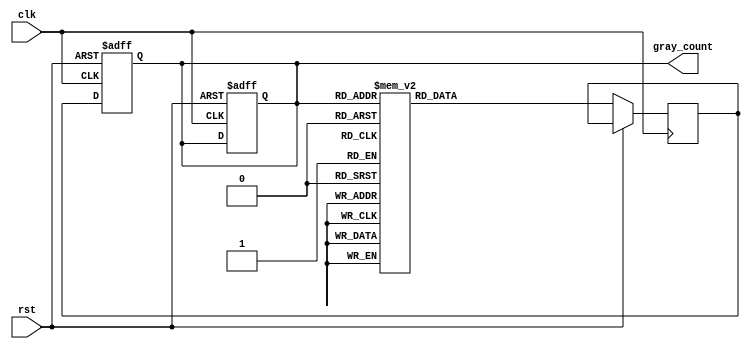
module gray_counter_clock_divider (
    input wire clk,
    input wire rst,
    output reg [3:0] gray_count
);

reg [3:0] gray_count_next;

always @(posedge clk or posedge rst) begin
    if (rst) begin
        gray_count <= 4'b0000;
    end else begin
        case(gray_count)
            4'b0000: gray_count_next <= 4'b0001;
            4'b0001: gray_count_next <= 4'b0011;
            4'b0011: gray_count_next <= 4'b0010;
            4'b0010: gray_count_next <= 4'b0110;
            4'b0110: gray_count_next <= 4'b0111;
            4'b0111: gray_count_next <= 4'b0101;
            4'b0101: gray_count_next <= 4'b0100;
            4'b0100: gray_count_next <= 4'b1100;
            4'b1100: gray_count_next <= 4'b1101;
            4'b1101: gray_count_next <= 4'b1001;
            4'b1001: gray_count_next <= 4'b1000;
            4'b1000: gray_count_next <= 4'b0000;
            default: gray_count_next <= 4'b0000;
        endcase
    end
end

always @(posedge clk or posedge rst) begin
    if (rst) begin
        gray_count <= 4'b0000;
    end else begin
        gray_count <= gray_count_next;
    end
end

endmodule